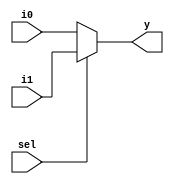
module Mux2to1 #(parameter N = 32) (
	i0, i1, 
	sel, 
	y
);
	input [N-1:0] i0, i1;
	input sel;
	output [N-1:0] y;

	assign y = (sel==1'b1) ? i1 : i0;

endmodule